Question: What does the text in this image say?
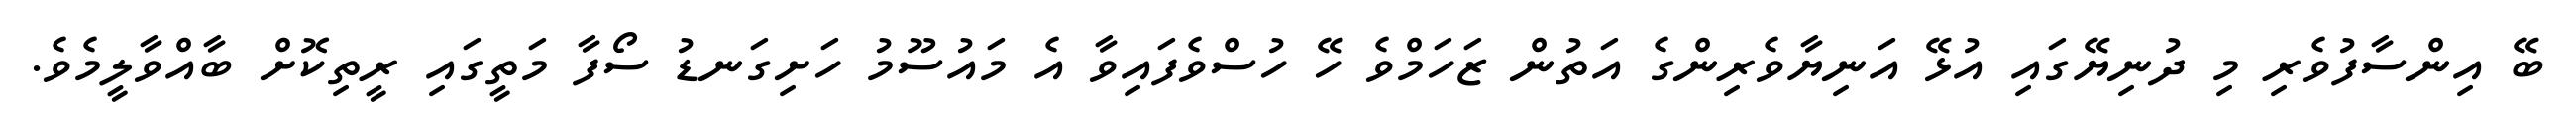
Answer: ބޭ އިންސާފުވެރި މި ދުނިޔޭގައި އުޅޭ އަނިޔާވެރިންގެ އަތުން ޒަހަމްވެ ހޭ ހުސްވެފައިވާ އެ މައުސޫމު ހަށިގަނޑު ސޯފާ މަތީގައި ރީތިކޮށް ބާއްވާލީމެވެ.